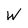
Character: W